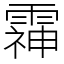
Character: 䨩